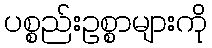
ပစ္စည်းဥစ္စာများကို